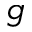
^ g